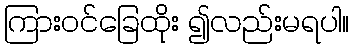
ကြားဝင်ခြေထိုး ၍လည်းမရပါ။